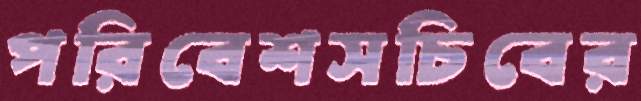
পরিবেশসচিবের